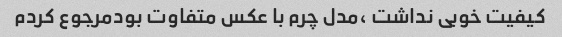
کیفیت خوبی نداشت ،مدل چرم با عکس متفاوت بودمرجوع کردم